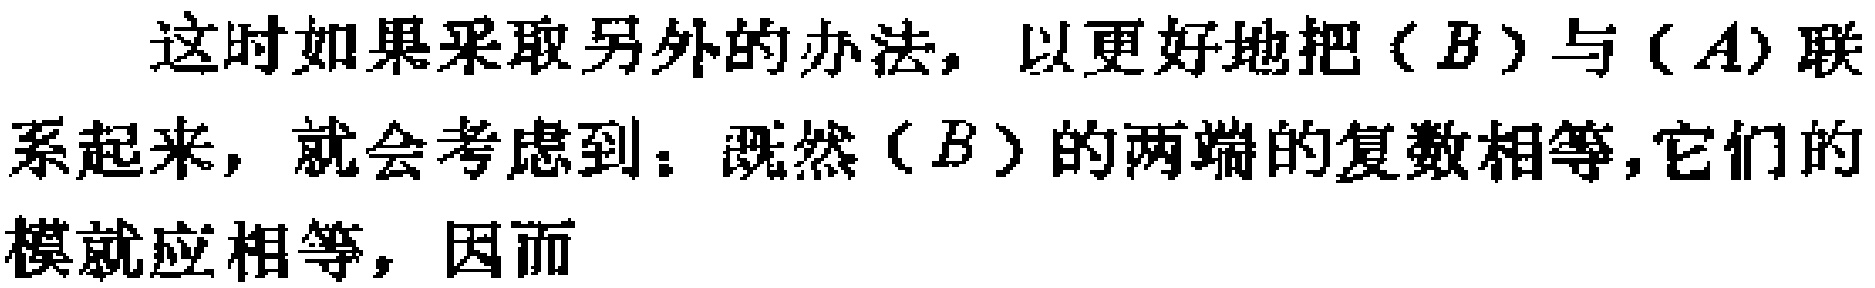
这时如果采取另外的办法，以更好地把（\(B\)）与（\(A\)）联系起来，就会考虑到：既然（\(B\)）的两端的复数相等，它们的模就应相等，因而